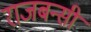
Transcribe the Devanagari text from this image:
राजबन्सी